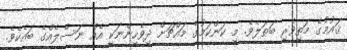
ޤައުމުގެ މަތިވެރި ބަޠަލެވެ. މި ކަންކަމުގެ މައްޗަށް ދިވެހީންނަކީ އެއް ނަސްލެއްގެ ބައެކެވެ.